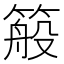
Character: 䈲